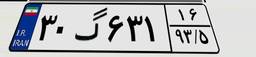
۳۱گ۲۶۰۶۳